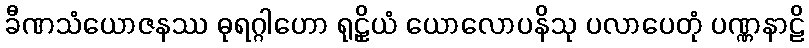
ခီဏသံယောဇနဿ ဓုရဂ္ဂါဟော ရုဠှိယံ ယောလောပနိသု ပလာပေတုံ ပဏ္ဏနာဠိ